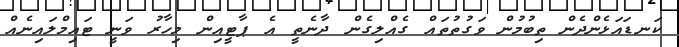
ކަނޑައަޅެންދެން ތިބުމުން ވަގުތުތައް ގެއްލިގެން ދާނެތީ އެ ޕާޓީއިން މިހާރު ވަނީ ޓައިމްލައިނެއް